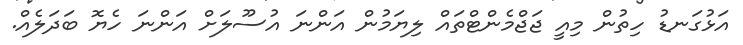
އަޅުގަނޑު ހިތުން މިއީ ޖަޖްމެންޓްތައް ލިޔަމުން އަންނަ އުސޫލަށް އަންނަ ހެޔޮ ބަދަލެއް.